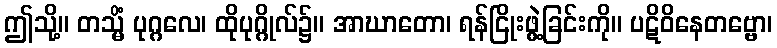
ဤသို့။ တသ္မိံ ပုဂ္ဂလေ၊ ထိုပုဂ္ဂိုလ်၌။ အာဃာတော၊ ရန်ငြိုးဖွဲ့ခြင်းကို။ ပဋိဝိနေတဗ္ဗော၊